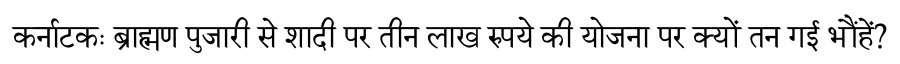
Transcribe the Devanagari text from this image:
कर्नाटकः ब्राह्मण पुजारी से शादी पर तीन लाख रुपये की योजना पर क्यों तन गई भौंहें?